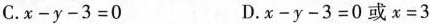
C. $$x - y - 3 = 0$$ D. $$x - y - 3 = 0$$ 或 $$x = 3$$